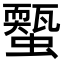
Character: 𧓐